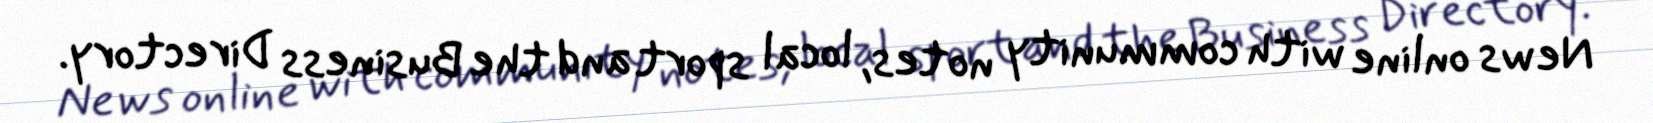
News online with community notes, local sport and the Business Directory.